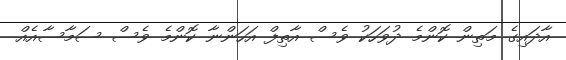
އާދައިގެ މަތިން ކޮންމެ ދުވަހަކު ވެސް އާތިފް އަހަންނާ ކޮންމެ ވެސް ސަމާސާއެއް